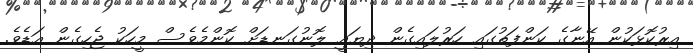
އިރުކޮޅަކުން އޭނާގެ ކަންފަތުގައި ހަރުލައިގެން ދިޔައީ ލޮނުގަނޑަށް ކޮންމެވެސް މީހަކު ޖެހިގެން އަޑެވެ.